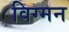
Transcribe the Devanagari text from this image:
विग्मन